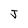
Character: J